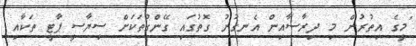
"މީގެ އިތުރުން މި ދިރާސާއިން އެނގުނު ގޮތުގައި ގޭންގުތަކަށް ސިޔާސީ ޕާޓީ ތަކާއި